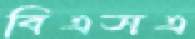
বিএসএ